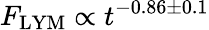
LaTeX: F_{\mathrm{LYM}}\propto t^{-0.86\pm 0.1}